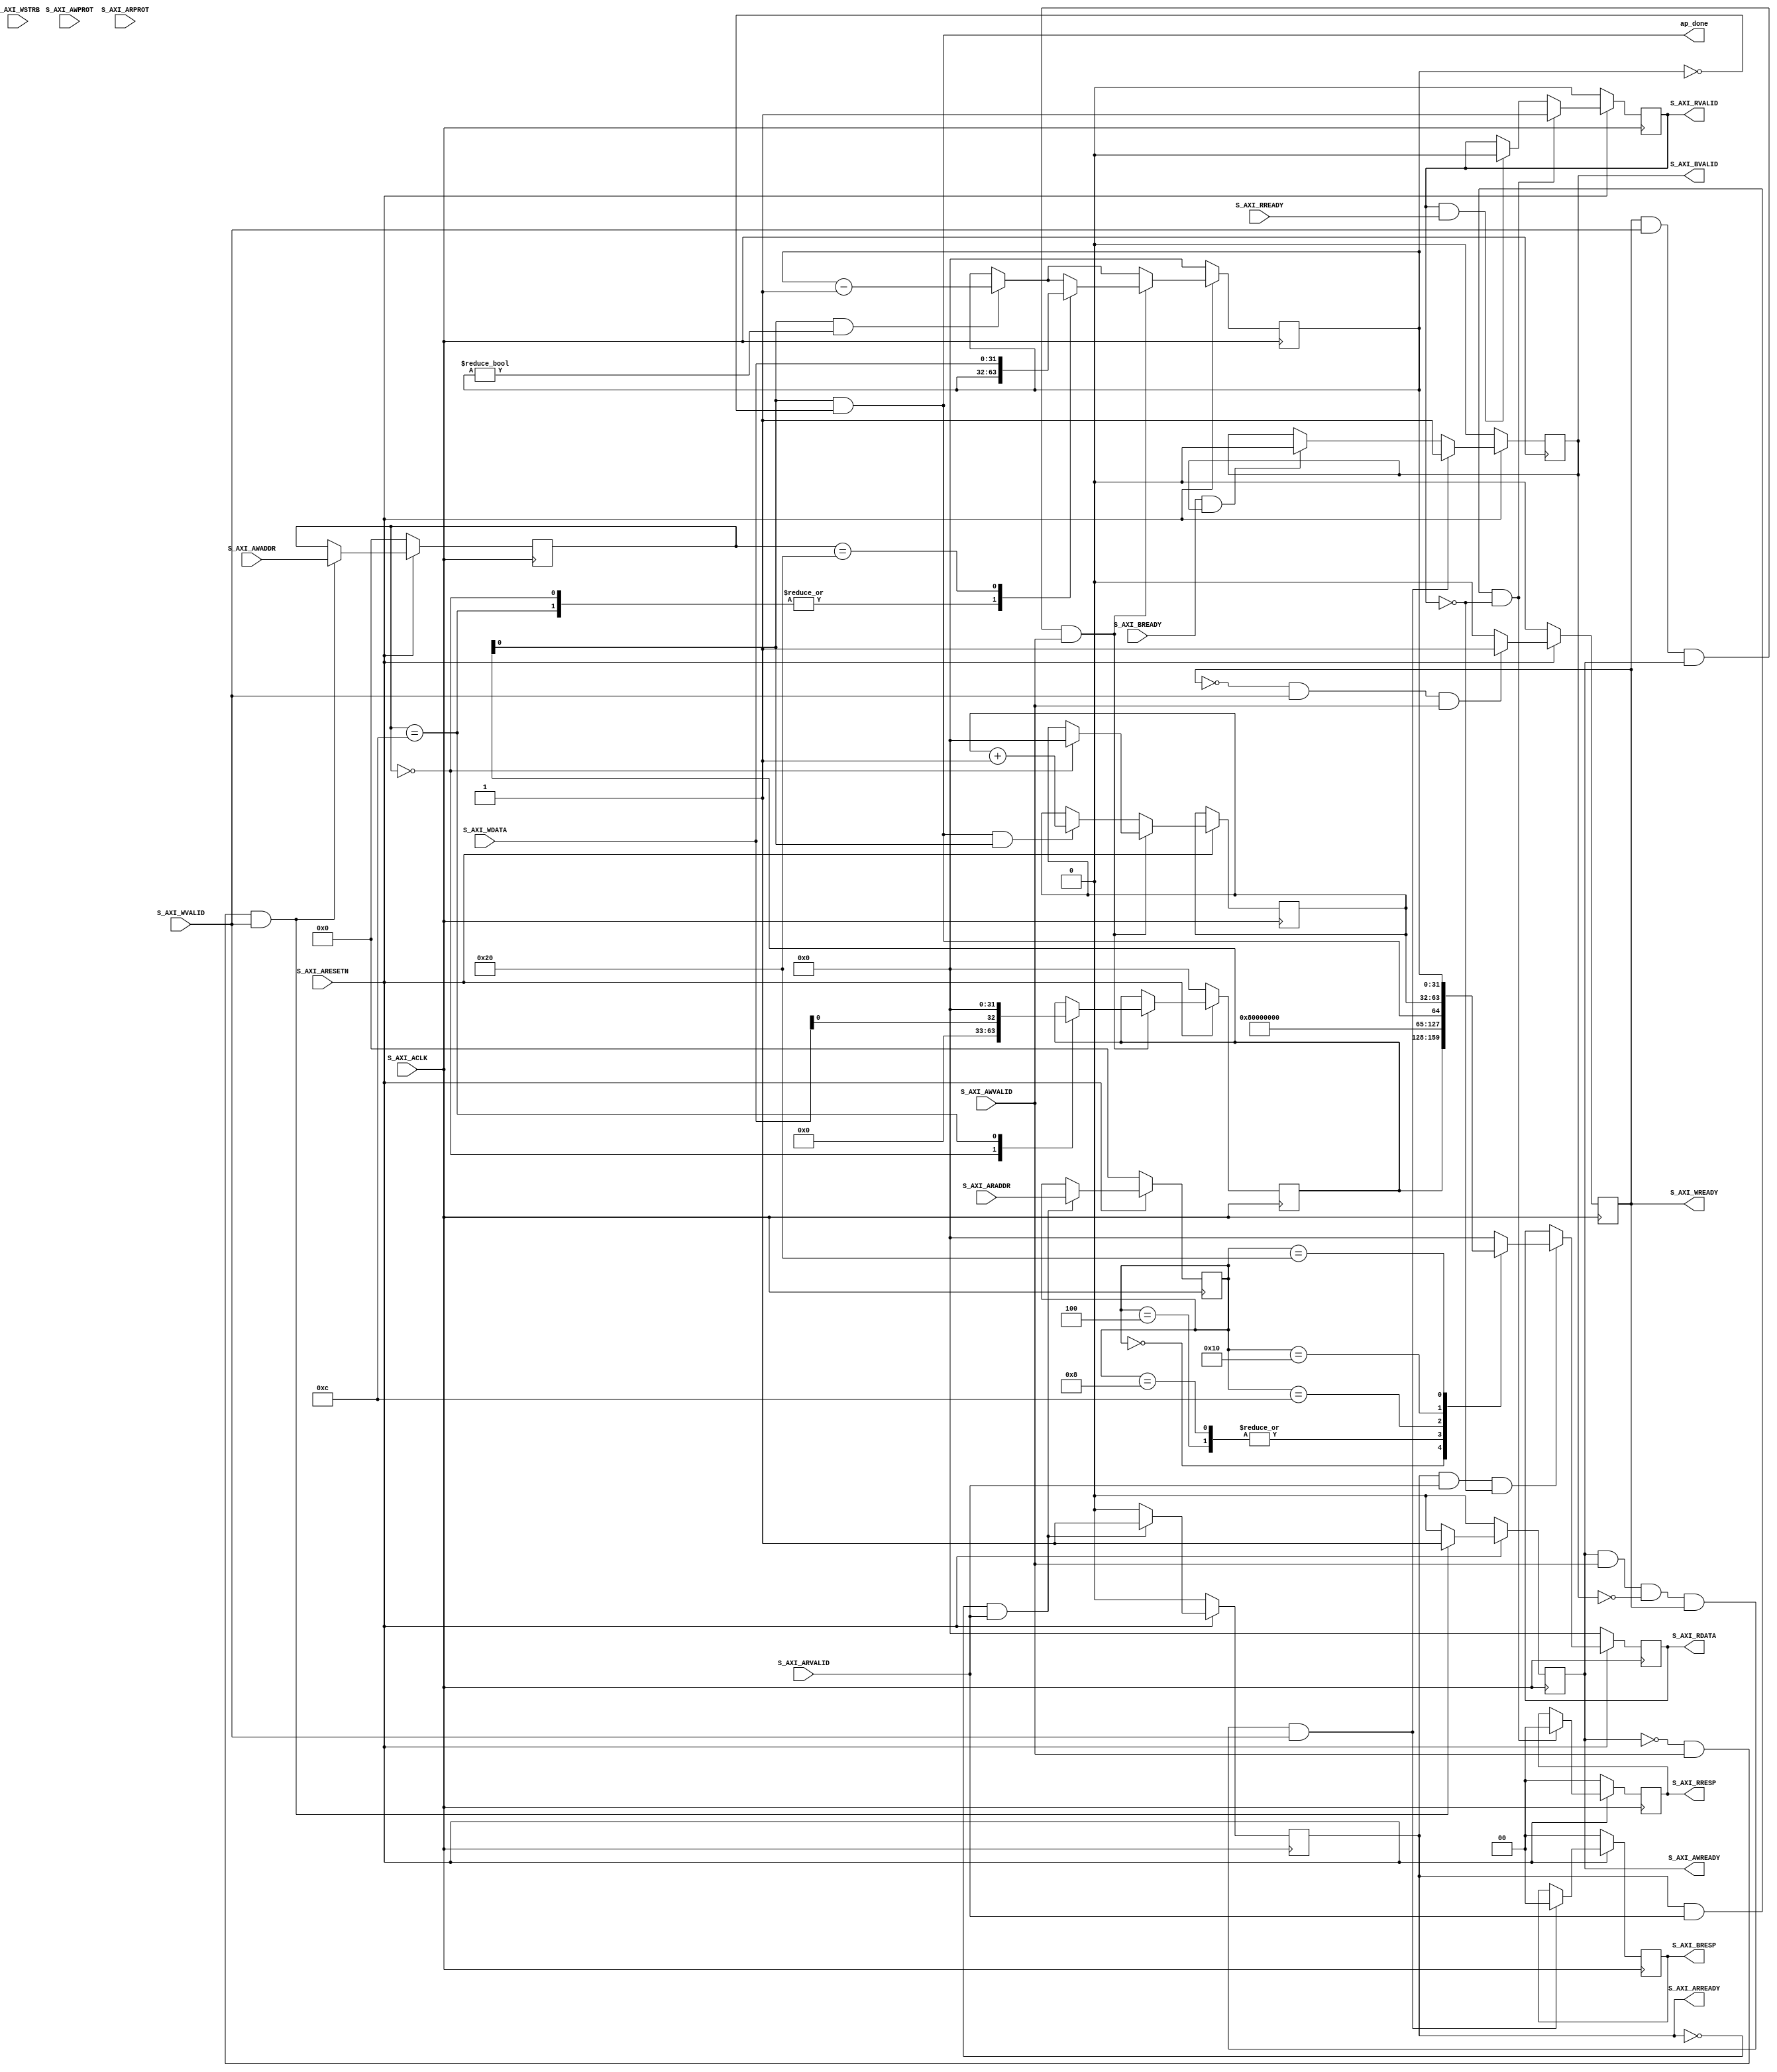
//
// Copyright (C) 2014 Jens Korinth, TU Darmstadt
//
// This file is part of Tapasco (TPC).
//
// Tapasco is free software: you can redistribute it and/or modify
// it under the terms of the GNU Lesser General Public License as published by
// the Free Software Foundation, either version 3 of the License, or
// (at your option) any later version.
//
// Tapasco is distributed in the hope that it will be useful,
// but WITHOUT ANY WARRANTY; without even the implied warranty of
// MERCHANTABILITY or FITNESS FOR A PARTICULAR PURPOSE.  See the
// GNU Lesser General Public License for more details.
//
// You should have received a copy of the GNU Lesser General Public License
// along with Tapasco.  If not, see <http://www.gnu.org/licenses/>.
//

`timescale 1 ns / 1 ps

	module precision_counter_v1_0_S00_AXI #
	(
		// Users to add parameters here

		// User parameters ends
		// Do not modify the parameters beyond this line

		// Width of S_AXI data bus
		parameter integer C_S_AXI_DATA_WIDTH	= 32,
		// Width of S_AXI address bus
		parameter integer C_S_AXI_ADDR_WIDTH	= 8
	)
	(
	    output wire ap_done,
		// Do not modify the ports beyond this line

		// Global Clock Signal
		input wire  S_AXI_ACLK,
		// Global Reset Signal. This Signal is Active LOW
		input wire  S_AXI_ARESETN,
		// Write address (issued by master, acceped by Slave)
		input wire [C_S_AXI_ADDR_WIDTH-1 : 0] S_AXI_AWADDR,
		// Write channel Protection type. This signal indicates the
    		// privilege and security level of the transaction, and whether
    		// the transaction is a data access or an instruction access.
		input wire [2 : 0] S_AXI_AWPROT,
		// Write address valid. This signal indicates that the master signaling
    		// valid write address and control information.
		input wire  S_AXI_AWVALID,
		// Write address ready. This signal indicates that the slave is ready
    		// to accept an address and associated control signals.
		output wire  S_AXI_AWREADY,
		// Write data (issued by master, acceped by Slave) 
		input wire [C_S_AXI_DATA_WIDTH-1 : 0] S_AXI_WDATA,
		// Write strobes. This signal indicates which byte lanes hold
    		// valid data. There is one write strobe bit for each eight
    		// bits of the write data bus.    
		input wire [(C_S_AXI_DATA_WIDTH/8)-1 : 0] S_AXI_WSTRB,
		// Write valid. This signal indicates that valid write
    		// data and strobes are available.
		input wire  S_AXI_WVALID,
		// Write ready. This signal indicates that the slave
    		// can accept the write data.
		output wire  S_AXI_WREADY,
		// Write response. This signal indicates the status
    		// of the write transaction.
		output wire [1 : 0] S_AXI_BRESP,
		// Write response valid. This signal indicates that the channel
    		// is signaling a valid write response.
		output wire  S_AXI_BVALID,
		// Response ready. This signal indicates that the master
    		// can accept a write response.
		input wire  S_AXI_BREADY,
		// Read address (issued by master, acceped by Slave)
		input wire [C_S_AXI_ADDR_WIDTH-1 : 0] S_AXI_ARADDR,
		// Protection type. This signal indicates the privilege
    		// and security level of the transaction, and whether the
    		// transaction is a data access or an instruction access.
		input wire [2 : 0] S_AXI_ARPROT,
		// Read address valid. This signal indicates that the channel
    		// is signaling valid read address and control information.
		input wire  S_AXI_ARVALID,
		// Read address ready. This signal indicates that the slave is
    		// ready to accept an address and associated control signals.
		output wire  S_AXI_ARREADY,
		// Read data (issued by slave)
		output wire [C_S_AXI_DATA_WIDTH-1 : 0] S_AXI_RDATA,
		// Read response. This signal indicates the status of the
    		// read transfer.
		output wire [1 : 0] S_AXI_RRESP,
		// Read valid. This signal indicates that the channel is
    		// signaling the required read data.
		output wire  S_AXI_RVALID,
		// Read ready. This signal indicates that the master can
    		// accept the read data and response information.
		input wire  S_AXI_RREADY
	);

	// AXI4LITE signals
	reg [C_S_AXI_ADDR_WIDTH-1 : 0] 	axi_awaddr;
	reg  	axi_awready;
	reg  	axi_wready;
	reg [1 : 0] 	axi_bresp;
	reg  	axi_bvalid;
	reg [C_S_AXI_ADDR_WIDTH-1 : 0] 	axi_araddr;
	reg  	axi_arready;
	reg [C_S_AXI_DATA_WIDTH-1 : 0] 	axi_rdata;
	reg [1 : 0] 	axi_rresp;
	reg  	axi_rvalid;

	// Example-specific design signals
	// local parameter for addressing 32 bit / 64 bit C_S_AXI_DATA_WIDTH
	// ADDR_LSB is used for addressing 32/64 bit registers/memories
	// ADDR_LSB = 2 for 32 bits (n downto 2)
	// ADDR_LSB = 3 for 64 bits (n downto 3)
	localparam integer ADDR_LSB = (C_S_AXI_DATA_WIDTH/32) + 1;
	localparam integer OPT_MEM_ADDR_BITS = 2;
	//----------------------------------------------
	//-- Signals for user logic register space example
	//------------------------------------------------
	//-- Number of Slave Registers 6
	reg [C_S_AXI_DATA_WIDTH-1:0]	slv_reg_ctl;
	reg [C_S_AXI_DATA_WIDTH-1:0]	slv_reg_v;
	reg [C_S_AXI_DATA_WIDTH-1:0]	slv_reg_t;

	wire	 slv_reg_rden;
	wire	 slv_reg_wren;
	reg [C_S_AXI_DATA_WIDTH-1:0]	 reg_data_out;
	integer	 byte_index;

	// I/O Connections assignments
	wire is_running;
	wire is_finished;
	assign is_running = (slv_reg_ctl[0] == 1'b1) && (slv_reg_v != 0);
	assign ap_done = (slv_reg_ctl[0] == 1'b1) && (slv_reg_v == 0);
	assign is_finished = (ap_done == 1'b1) && (slv_reg_ctl[0] == 1'b1);
	
	assign S_AXI_AWREADY	= axi_awready;
	assign S_AXI_WREADY	= axi_wready;
	assign S_AXI_BRESP	= axi_bresp;
	assign S_AXI_BVALID	= axi_bvalid;
	assign S_AXI_ARREADY	= axi_arready;
	assign S_AXI_RDATA	= axi_rdata;
	assign S_AXI_RRESP	= axi_rresp;
	assign S_AXI_RVALID	= axi_rvalid;
	// Implement axi_awready generation
	// axi_awready is asserted for one S_AXI_ACLK clock cycle when both
	// S_AXI_AWVALID and S_AXI_WVALID are asserted. axi_awready is
	// de-asserted when reset is low.

	always @( posedge S_AXI_ACLK )
	begin
	  if ( S_AXI_ARESETN == 1'b0 )
	    begin
	      axi_awready <= 1'b0;
	    end 
	  else
	    begin    
	      if (~axi_awready && S_AXI_AWVALID && S_AXI_WVALID)
	        begin
	          // slave is ready to accept write address when 
	          // there is a valid write address and write data
	          // on the write address and data bus. This design 
	          // expects no outstanding transactions. 
	          axi_awready <= 1'b1;
	        end
	      else           
	        begin
	          axi_awready <= 1'b0;
	        end
	    end 
	end       

	// Implement axi_awaddr latching
	// This process is used to latch the address when both 
	// S_AXI_AWVALID and S_AXI_WVALID are valid. 

	always @( posedge S_AXI_ACLK )
	begin
	  if ( S_AXI_ARESETN == 1'b0 )
	    begin
	      axi_awaddr <= 0;
	    end 
	  else
	    begin    
	      if (~axi_awready && S_AXI_AWVALID && S_AXI_WVALID)
	        begin
	          // Write Address latching 
	          axi_awaddr <= S_AXI_AWADDR;
	        end
	    end 
	end       

	// Implement axi_wready generation
	// axi_wready is asserted for one S_AXI_ACLK clock cycle when both
	// S_AXI_AWVALID and S_AXI_WVALID are asserted. axi_wready is 
	// de-asserted when reset is low. 

	always @( posedge S_AXI_ACLK )
	begin
	  if ( S_AXI_ARESETN == 1'b0 )
	    begin
	      axi_wready <= 1'b0;
	    end 
	  else
	    begin    
	      if (~axi_wready && S_AXI_WVALID && S_AXI_AWVALID)
	        begin
	          // slave is ready to accept write data when 
	          // there is a valid write address and write data
	          // on the write address and data bus. This design 
	          // expects no outstanding transactions. 
	          axi_wready <= 1'b1;
	        end
	      else
	        begin
	          axi_wready <= 1'b0;
	        end
	    end 
	end       

	// Implement memory mapped register select and write logic generation
	// The write data is accepted and written to memory mapped registers when
	// axi_awready, S_AXI_WVALID, axi_wready and S_AXI_WVALID are asserted. Write strobes are used to
	// select byte enables of slave registers while writing.
	// These registers are cleared when reset (active low) is applied.
	// Slave register write enable is asserted when valid address and data are available
	// and the slave is ready to accept the write address and write data.
	assign slv_reg_wren = axi_wready && S_AXI_WVALID && axi_awready && S_AXI_AWVALID;

	always @( posedge S_AXI_ACLK )
	begin
	  if ( S_AXI_ARESETN == 1'b0 )
	    begin
	      slv_reg_ctl <= 0;
	      slv_reg_v   <= 0;
	    end 
	  else begin
	    if (slv_reg_wren)
	      begin
	        case ( axi_awaddr )
	          'h00: begin slv_reg_ctl <= {{C_S_AXI_DATA_WIDTH - 1{1'b0}}, S_AXI_WDATA[0]}; slv_reg_t <= 0; end
	          'h0C: begin slv_reg_ctl <= 0; slv_reg_ctl <= 0; end
	          'h20: slv_reg_v   <= S_AXI_WDATA; 
	          default : begin
	                      slv_reg_v <= (is_running ? (slv_reg_v - 1) : slv_reg_v);
	                      slv_reg_ctl <= slv_reg_ctl;
	                    end
	        endcase
	      end
	    else begin
          slv_reg_v <= (is_running ? (slv_reg_v - 1) : slv_reg_v);
          slv_reg_t <= (is_finished ? (slv_reg_t + 1) : slv_reg_t);
	    end
	  end
	end    

	// Implement write response logic generation
	// The write response and response valid signals are asserted by the slave 
	// when axi_wready, S_AXI_WVALID, axi_wready and S_AXI_WVALID are asserted.  
	// This marks the acceptance of address and indicates the status of 
	// write transaction.

	always @( posedge S_AXI_ACLK )
	begin
	  if ( S_AXI_ARESETN == 1'b0 )
	    begin
	      axi_bvalid  <= 0;
	      axi_bresp   <= 2'b0;
	    end 
	  else
	    begin    
	      if (axi_awready && S_AXI_AWVALID && ~axi_bvalid && axi_wready && S_AXI_WVALID)
	        begin
	          // indicates a valid write response is available
	          axi_bvalid <= 1'b1;
	          axi_bresp  <= 2'b0; // 'OKAY' response 
	        end                   // work error responses in future
	      else
	        begin
	          if (S_AXI_BREADY && axi_bvalid) 
	            //check if bready is asserted while bvalid is high) 
	            //(there is a possibility that bready is always asserted high)   
	            begin
	              axi_bvalid <= 1'b0; 
	            end  
	        end
	    end
	end   

	// Implement axi_arready generation
	// axi_arready is asserted for one S_AXI_ACLK clock cycle when
	// S_AXI_ARVALID is asserted. axi_awready is 
	// de-asserted when reset (active low) is asserted. 
	// The read address is also latched when S_AXI_ARVALID is 
	// asserted. axi_araddr is reset to zero on reset assertion.

	always @( posedge S_AXI_ACLK )
	begin
	  if ( S_AXI_ARESETN == 1'b0 )
	    begin
	      axi_arready <= 1'b0;
	      axi_araddr  <= 32'b0;
	    end 
	  else
	    begin    
	      if (~axi_arready && S_AXI_ARVALID)
	        begin
	          // indicates that the slave has acceped the valid read address
	          axi_arready <= 1'b1;
	          // Read address latching
	          axi_araddr  <= S_AXI_ARADDR;
	        end
	      else
	        begin
	          axi_arready <= 1'b0;
	        end
	    end 
	end       

	// Implement axi_arvalid generation
	// axi_rvalid is asserted for one S_AXI_ACLK clock cycle when both 
	// S_AXI_ARVALID and axi_arready are asserted. The slave registers 
	// data are available on the axi_rdata bus at this instance. The 
	// assertion of axi_rvalid marks the validity of read data on the 
	// bus and axi_rresp indicates the status of read transaction.axi_rvalid 
	// is deasserted on reset (active low). axi_rresp and axi_rdata are 
	// cleared to zero on reset (active low).  
	always @( posedge S_AXI_ACLK )
	begin
	  if ( S_AXI_ARESETN == 1'b0 )
	    begin
	      axi_rvalid <= 0;
	      axi_rresp  <= 0;
	    end 
	  else
	    begin    
	      if (axi_arready && S_AXI_ARVALID && ~axi_rvalid)
	        begin
	          // Valid read data is available at the read data bus
	          axi_rvalid <= 1'b1;
	          axi_rresp  <= 2'b0; // 'OKAY' response
	        end   
	      else if (axi_rvalid && S_AXI_RREADY)
	        begin
	          // Read data is accepted by the master
	          axi_rvalid <= 1'b0;
	        end                
	    end
	end    

	// Implement memory mapped register select and read logic generation
	// Slave register read enable is asserted when valid address is available
	// and the slave is ready to accept the read address.
	assign slv_reg_rden = axi_arready & S_AXI_ARVALID & ~axi_rvalid;
	always @(*)
	begin
	      // Address decoding for reading registers
	      case ( axi_araddr )
	        'h00   : reg_data_out <= slv_reg_ctl;
	        'h04   : reg_data_out <= 'b1;
	        'h08   : reg_data_out <= 'b1;
	        'h0C   : reg_data_out <= {{C_S_AXI_DATA_WIDTH - 1{1'b0}}, ap_done};
	        'h10   : reg_data_out <= slv_reg_t;
	        'h20   : reg_data_out <= slv_reg_v;
	        default : reg_data_out <= 0;
	      endcase
	end

	// Output register or memory read data
	always @( posedge S_AXI_ACLK )
	begin
	  if ( S_AXI_ARESETN == 1'b0 )
	    begin
	      axi_rdata  <= 0;
	    end 
	  else
	    begin    
	      // When there is a valid read address (S_AXI_ARVALID) with 
	      // acceptance of read address by the slave (axi_arready), 
	      // output the read dada 
	      if (slv_reg_rden)
	        begin
	          axi_rdata <= reg_data_out;     // register read data
	        end   
	    end
	end    

	endmodule